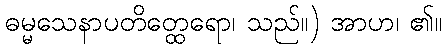
ဓမ္မသေနာပတိတ္ထေရော၊ သည်။) အာဟ၊ ၏။